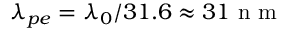
\lambda _ { p e } = \lambda _ { 0 } / 3 1 . 6 \approx 3 1 \mathrm { ~ n ~ m ~ }